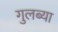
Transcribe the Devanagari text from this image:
गुलब्या